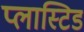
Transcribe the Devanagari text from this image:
प्लास्टिड